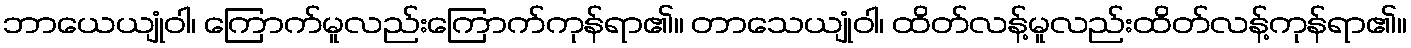
ဘာယေယျုံဝါ၊ ကြောက်မူလည်းကြောက်ကုန်ရာ၏။ တာသေယျုံဝါ၊ ထိတ်လန့်မူလည်းထိတ်လန့်ကုန်ရာ၏။